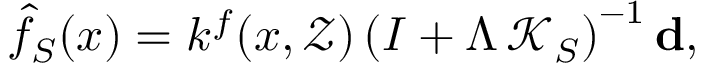
\hat { f } _ { S } ( x ) = k ^ { f } ( x , \mathcal { Z } ) \left( I + \Lambda \, \mathcal { K } _ { S } \right) ^ { - 1 } \mathbf { d } ,